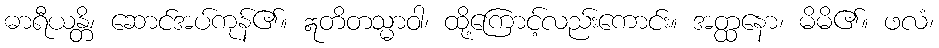
ဓာရီယန္တိ၊ ဆောင်အပ်ကုန်၏။ ဣတိတသ္မာဝါ၊ ထို့ကြောင့်လည်းကောင်း။ အတ္ထနော၊ မိမိ၏။ ဖလံ၊